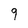
Character: q